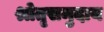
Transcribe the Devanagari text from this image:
श्रोतृसमुदाय